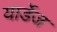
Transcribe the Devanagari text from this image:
यार्डेज